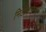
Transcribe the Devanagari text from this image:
मिठीबाईमधून